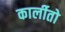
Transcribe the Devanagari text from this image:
कार्लीतो